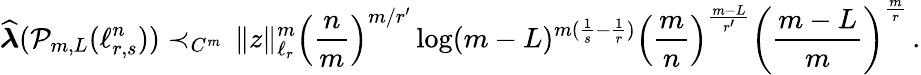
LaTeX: \widehat{\boldsymbol{\lambda}}(\mathcal P_{m,L}(\ell_{r,s}^{n}))\prec_{C^{m}}\, \| z\| _{\ell_{r}}^{m}\Big(\frac{n}{m}\Big)^{m/r^{\prime}}\log(m-L)^{m(\frac 1{s}-\frac 1{r})}\Big(\frac{m}{n}\Big)^{\frac{m-L}{r^{\prime}}}\left(\frac{m-L}{m}\right)^{\frac{m}{r}}\, .